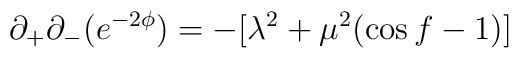
\partial_+\partial_- (e^{-2\phi}) = -[\lambda^2 + \mu^2(\cos f-1)]